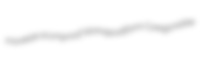
movieize scumproof stomapodiform Coregonidae